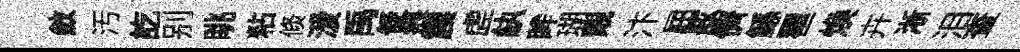
斂汚訖别眺粘倐湲禹儗痕震虗紈眸瑚覿汴屈舷儕鲧瞿煥卉淅泪查